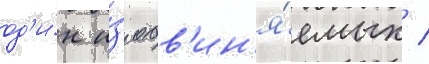
од'и́н и́з обв'ин'я́емых /